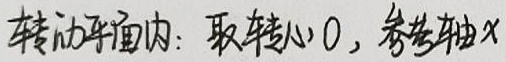
转动平面内：取转心\(O\)，参考轴\(x\)